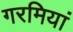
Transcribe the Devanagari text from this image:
गरमियां